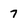
Character: 7